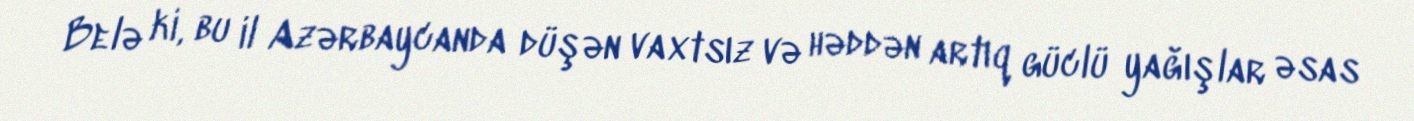
Belə ki, bu il Azərbaycanda düşən vaxtsız və həddən artıq güclü yağışlar əsas